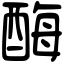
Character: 酶